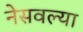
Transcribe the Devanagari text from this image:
नेसवल्या